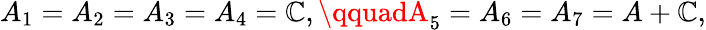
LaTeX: {A_{1}=A_{2}=A_{3}=A_{4}=\mathbb{C},\qquadA_{5}=A_{6}=A_{7}=A+\mathbb{C},}